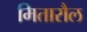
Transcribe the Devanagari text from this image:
मितारौल